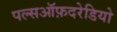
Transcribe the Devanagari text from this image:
पल्सऑफ़दरेडियो